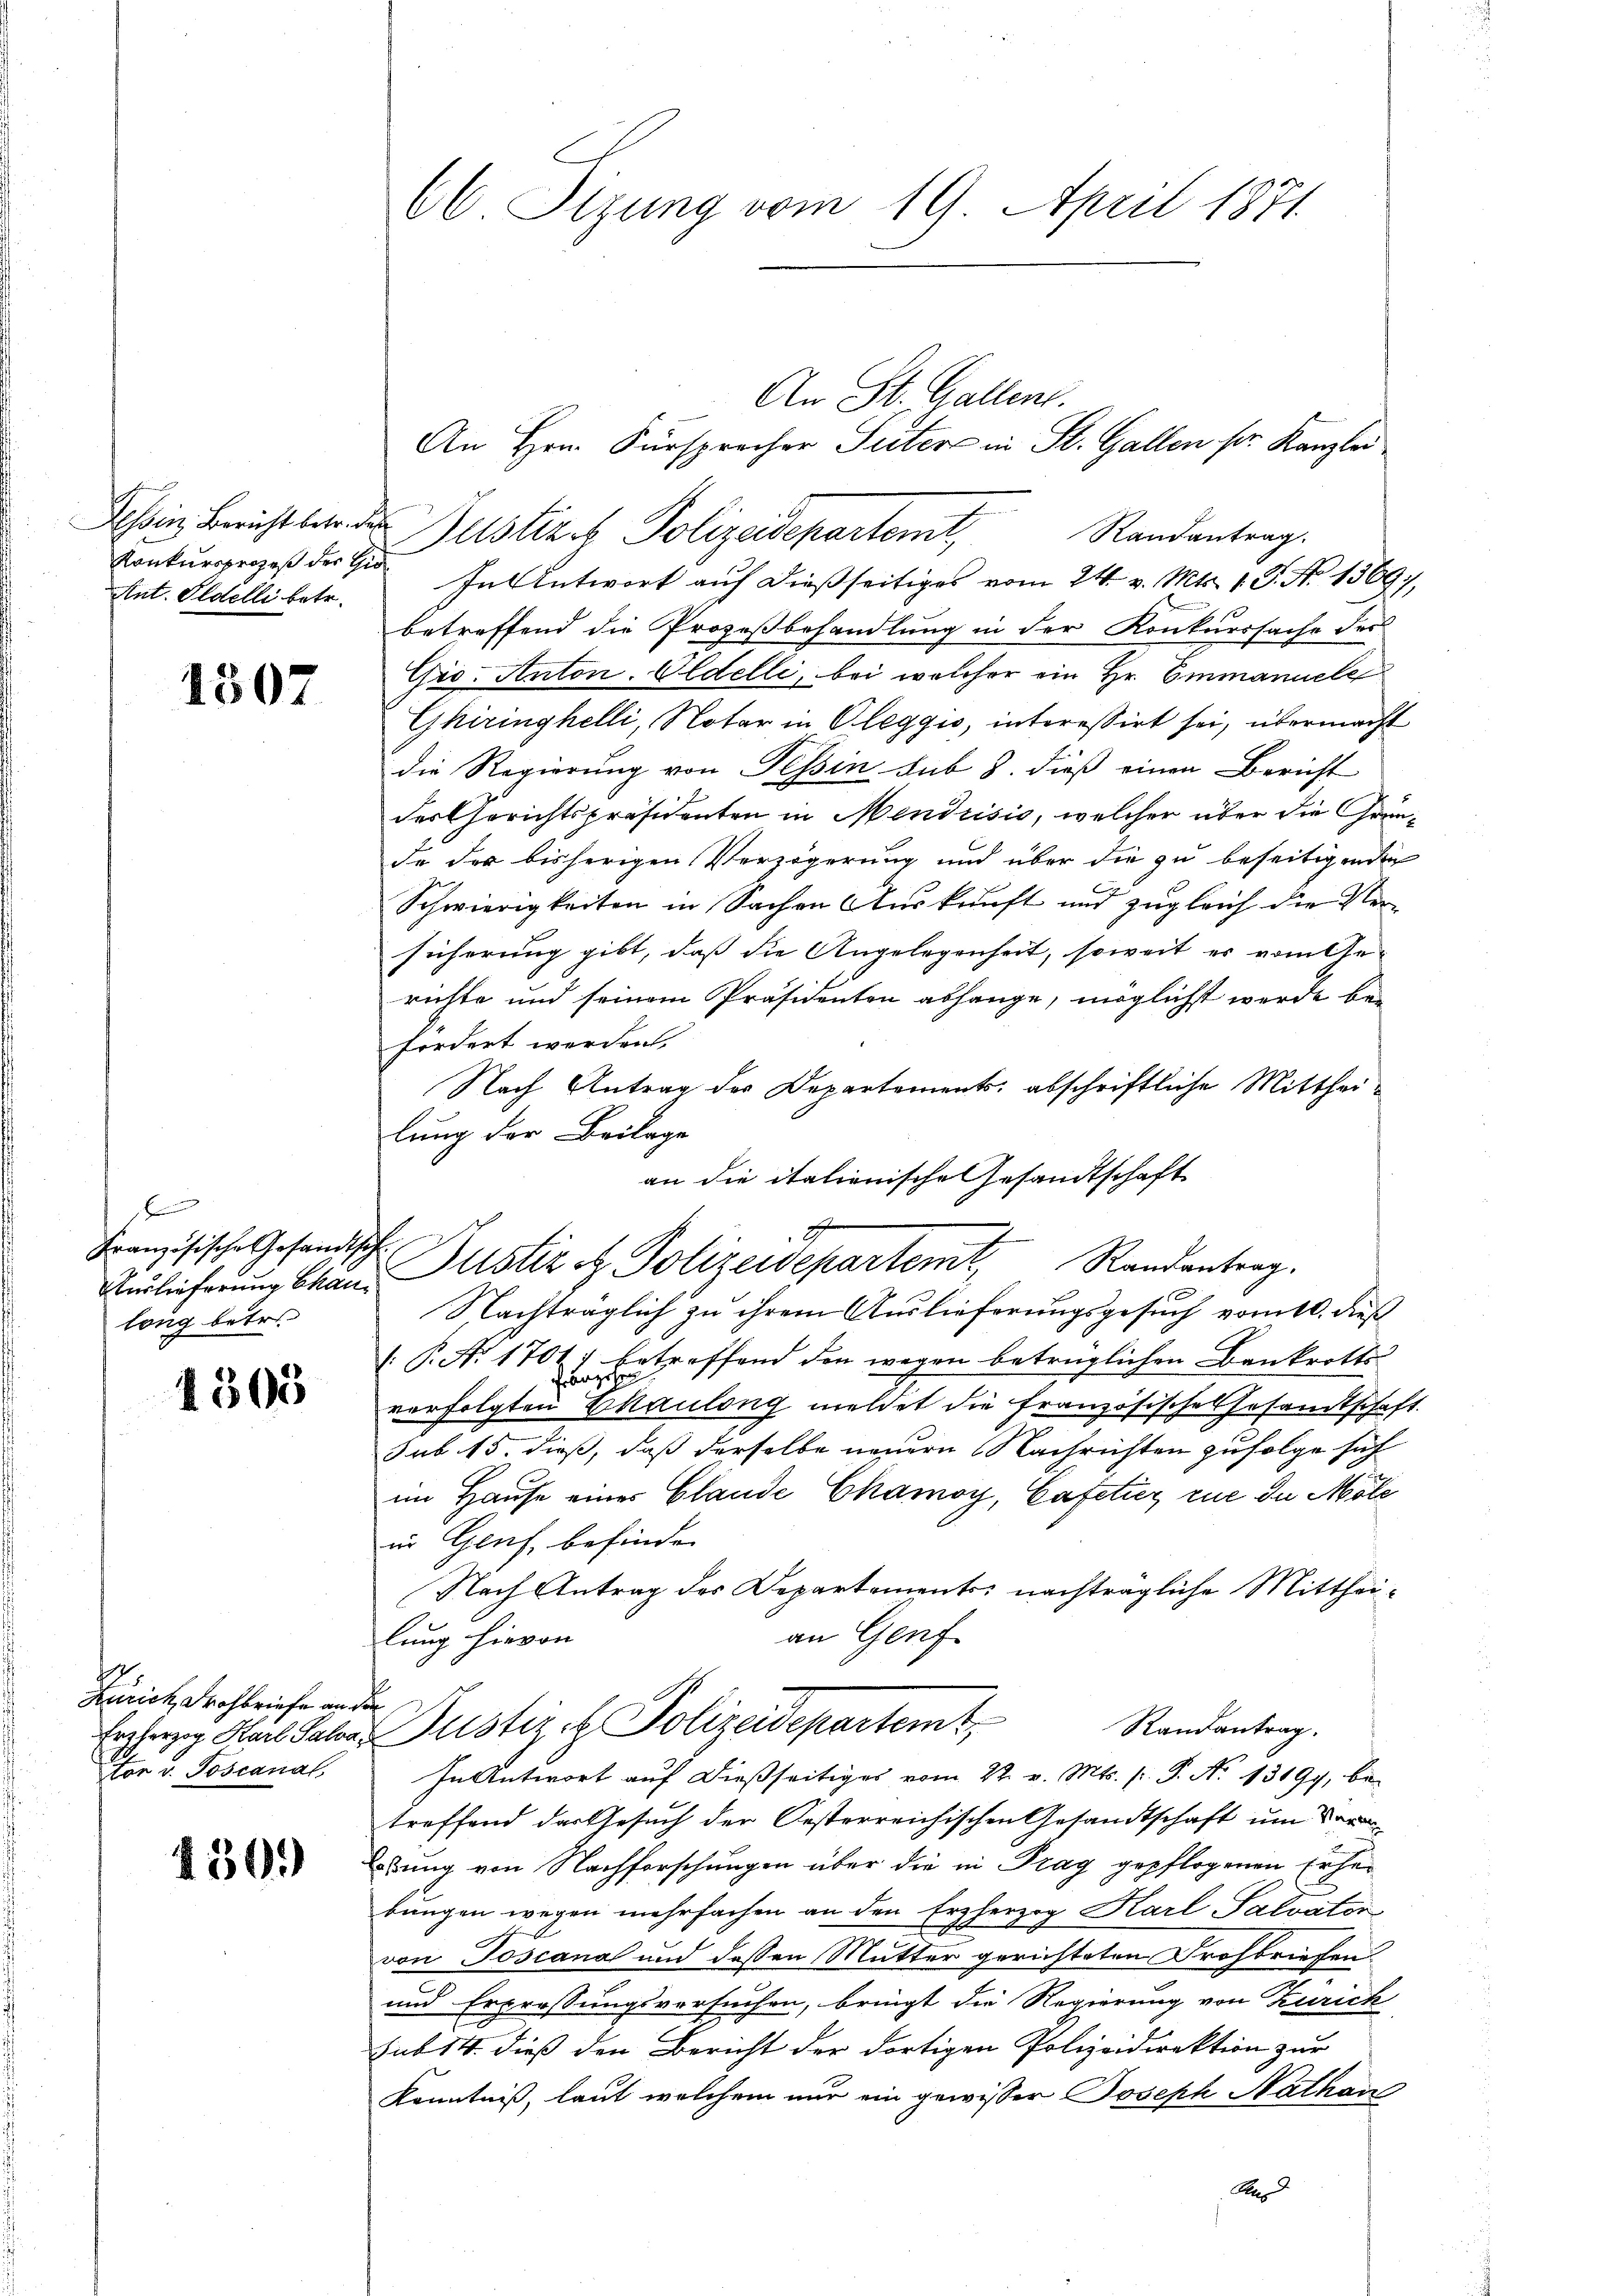
Tessin, Bericht betr. der
Konkursprozeß der Hi
Ant. Pedelli betr.

1507

f
Französische Gesandtsch
Auslieferung Chaulong betr.

4503

.
Zürich Drohbriefe an de
Erzherzog Karl Salva¬
For v. Poscanal

430.

66 Stzung vom 19. April 1871.

An Hrn. Fürsprecher Suter in St. Gallen pr. Kanzlei
Justire Polizeidepartemt, Randantrag.
In Antwort auf dießseitiges vom 24. v. Mts. 1. J. No 1369,
betreffend die Prozeßbehandlung in der Konkurssache des
Gro. Anton. Oldelli, bei welcher ein Hr. Emmanuele
Ghiringhelli, Notar in Oleggio, interessirt sei, übermacht
die Regierung von Tessin sub 8. dieß einen Bericht
des Gerichtspräsidenten in Mendrisis, welcher über die Gründe des bisherigen Verzögerung und über die zu beseitigenden
Schwierigkeiten in Sachen Auskunft und zugleich die Ver-
sicherung gibt, dass die Angelegenheit, soweit es vom Ge-
richte und seinem Präsidenten abhänge, möglichst werde bei
fordert werden.
Nach Antrag der Departements abschriftliche Mittheilung der Beilage
an die italienische Gesandtschaft
G

Justiz & Polizeidepartemt, Randantrag.

An St. Gallent.

Nachträglich zu ihrem Auslieferungsgesuch vom 10. dieß
(P. No 1707 betreffend den wegen betrüglichen Bankrotts-
verfolgten Chauling meldet die Französisches Gesandtschaft.
sub 15. dieß, daß derselbe neuern Nachrichten zufolge sich
im Hause eines Glande Chamoy, Cafetier zue du Mole
in Genf, befinden
Nach Antrag des Departements nachträgliche Mittheian Genf
lung hievon
In Antwort auf dießseitiges vom 22. v. Mts. f. P. No 13199, betreffend das Gesuch der Oesterreichischen Gesandtschaft um der
bung von Nachforschungen über die in Prag gepflogenen Erherbungen wegen mehrfachen an den Erzherzog Karl Salvaten
von Toscana und dessen Mutter gerichteten Trosbriefen
und Erpressungsversuchen, bringt die Regierung von Zürich
sub 14. dieß den Bericht der dortigen Polizeidirektion zur
Kenntniß, laut welchem nur ein gewisser Joseph Nathan
Aus

f
Justizch Polizeidepartemt
Randantrag.